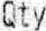
QTY